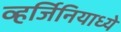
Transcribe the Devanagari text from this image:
व्हर्जिनियाध्ये